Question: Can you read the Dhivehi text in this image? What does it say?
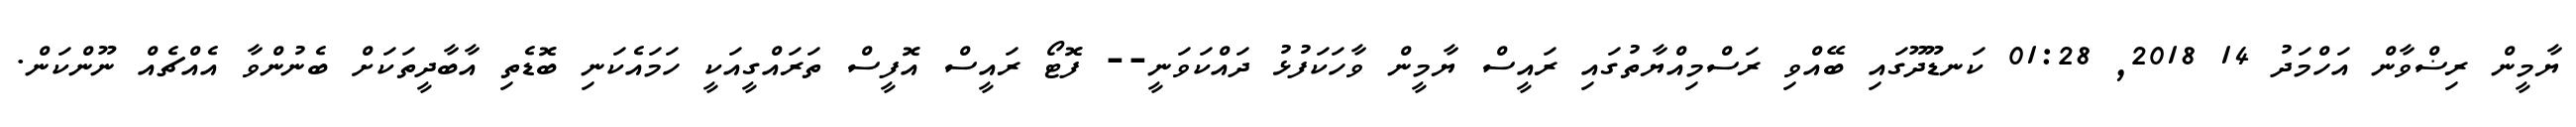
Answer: ޔާމީން ރިޟްވާން އަހްމަދު 14 2018, 01:28 ކަނޑޫދޫގައި ބޭއްވި ރަސްމިއްޔާތުގައި ރައީސް ޔާމީން ވާހަކަފުޅު ދައްކަވަނީ-- ފޮޓޯ ރައީސް އޮފީސް ތަރައްގީއަކީ ހަމައެކަނި ބޮޑެތި އާބާދީތަކަށް ބެނުންވާ އެއްޗެއް ނޫންކަން.